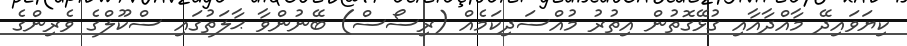
ކިޔަވައިދޭ މާއްދާއާއި ގުޅޭގޮތުން އިތުރު މުއްސަދިކަމެއް (ރިސޯސް) ބޭނުންވާ ޙާލަތުގައި ސްކޫލްގެ ވެރިންގެ